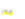
فعل